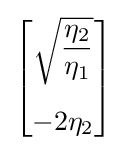
{\begin{bmatrix}{\sqrt {\dfrac {\eta _{2}}{\eta _{1}}}}\\[15pt]-2\eta _{2}\end{bmatrix}}